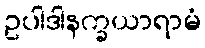
ဥပါဒါနက္ခယာရာမံ